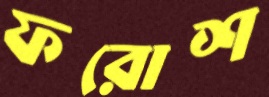
ফরোশ